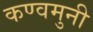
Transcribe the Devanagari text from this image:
कण्वमुनी